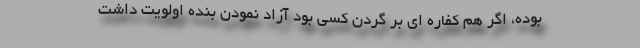
بوده، اگر هم کفاره ای بر گردن کسی بود آزاد نمودن بنده اولویت داشت